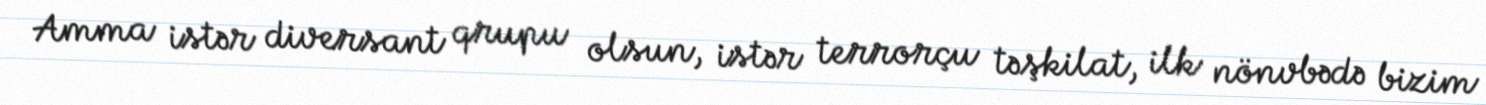
Amma istər diversant qrupu olsun, istər terrorçu təşkilat, ilk nönvbədə bizim